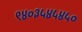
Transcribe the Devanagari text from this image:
९४०३५४५४५०